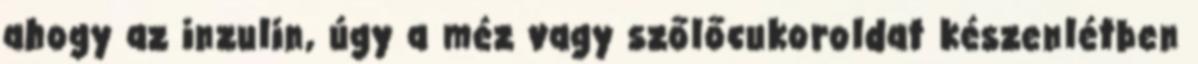
ahogy az inzulin, úgy a méz vagy szőlőcukoroldat készenlétben